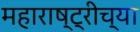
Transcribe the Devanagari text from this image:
महाराष्ट्रीच्या